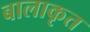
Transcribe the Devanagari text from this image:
बालाकृत